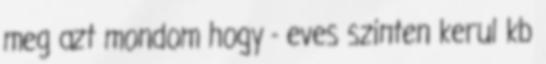
meg azt mondom hogy - eves szinten kerul kb